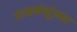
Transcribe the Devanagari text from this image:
राजबंधूंच्या